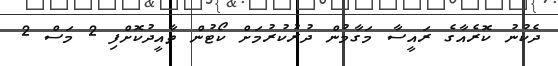
ދެކުނު ކޮރެއާގެ ރައީސާ މަގާމުން ދުރުކުރުމަށް ކޯޓުން ތާއީދުކޮށްފި 2 މަސް 2